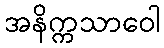
အနိက္ကသာဝေါ